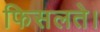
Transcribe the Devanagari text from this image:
फिसलते।